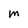
Character: M